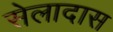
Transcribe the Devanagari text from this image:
सेलादास